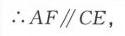
\(\therefore AF\parallel CE\)